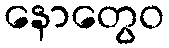
နောတွေဝ